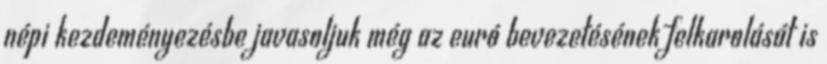
népi kezdeményezésbe javasoljuk még az euró bevezetésének felkarolását is